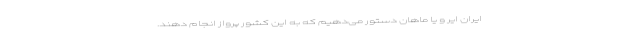
ایران ایر و یا ماهان دستور می‌دهیم که به این کشور پرواز انجام دهند.